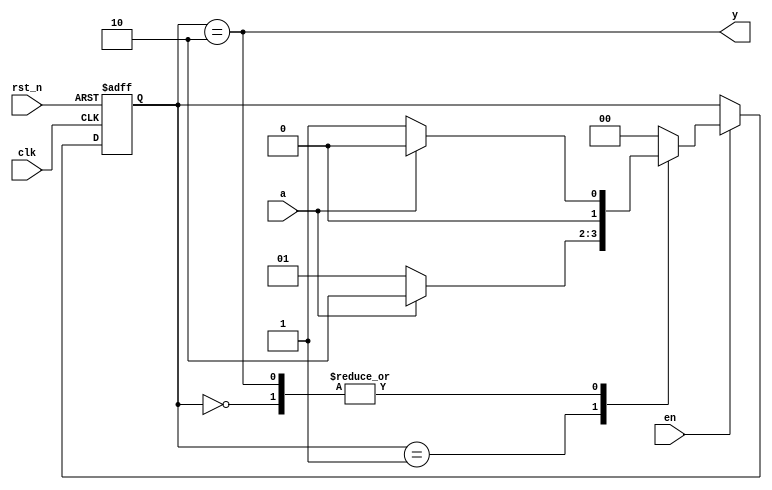
module moore_fsm
(
    input  clk,
    input  rst_n,
    input  en,
    input  a,
    output y
);

    parameter [1:0] S0 = 0, S1 = 1, S2 = 2;

    reg [1:0] state, next_state;

    // State register

    always @ (posedge clk or negedge rst_n)
        if (! rst_n)
            state <= S0;
        else if (en)
            state <= next_state;

    // Next state logic

    always @*
        case (state)
        
        S0:
            if (a)
                next_state = S0;
            else
                next_state = S1;

        S1:
            if (a)
                next_state = S2;
            else
                next_state = S1;

        S2:
            if (a)
                next_state = S0;
            else
                next_state = S1;

        default:

            next_state = S0;

        endcase

    // Output logic based on current state

    assign y = (state == S2);

endmodule